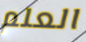
العلم